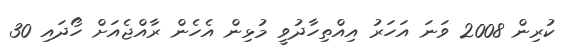
ކުރިން 2008 ވަނަ އަހަރު އިއްތިހާދުވީ މުޅިން އެހެން ރާއްޖެއަށް ހޯދައި 30